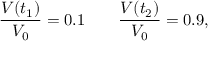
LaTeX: { \frac { V ( t _ { 1 } ) } { V _ { 0 } } } = 0 . 1 \qquad { \frac { V ( t _ { 2 } ) } { V _ { 0 } } } = 0 . 9 ,